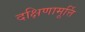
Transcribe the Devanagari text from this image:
दक्षिणामूर्त्ति